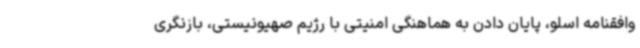
وافقنامه اسلو، پایان دادن به هماهنگی امنیتی با رژیم صهیونیستی، بازنگری